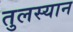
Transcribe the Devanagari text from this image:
तुलस्यान